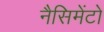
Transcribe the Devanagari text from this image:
नैसिमेंटो